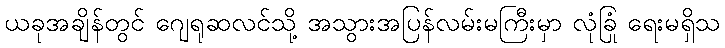
ယခုအချိန်တွင် ဂျေရုဆလင်သို့ အသွားအပြန်လမ်းမကြီးမှာ လုံခြုံ ရေးမရှိသ